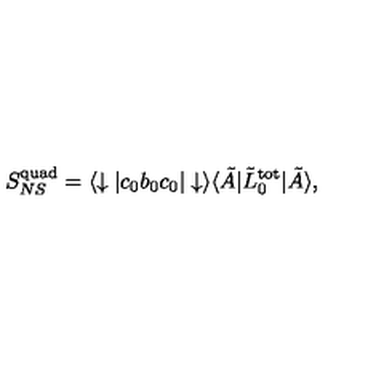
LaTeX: S _ { N S } ^ { \mathrm { q u a d } } = \langle \downarrow | c _ { 0 } b _ { 0 } c _ { 0 } | \downarrow \rangle \langle \tilde { A } | \tilde { L } _ { 0 } ^ { \mathrm { t o t } } | \tilde { A } \rangle ,